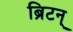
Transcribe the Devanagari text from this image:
ब्रिटन्